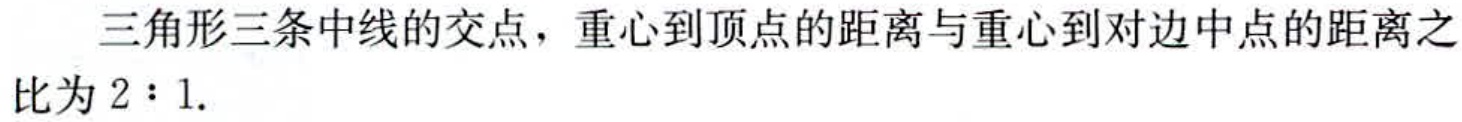
三角形三条中线的交点，重心到顶点的距离与重心到对边中点的距离之比为 \(2:1\).